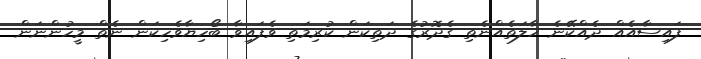
ފައިސާއެއް ދެއްކޭނެ ހާލަތެއްނެތި ގެދޮރުގެ ދަތިކަން ކުރިމަތި ވެފައިވާ ބޯހިޔާވެހިކަން ނެތް މީހުންނަން